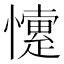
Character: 懥